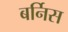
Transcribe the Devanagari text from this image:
बर्निस